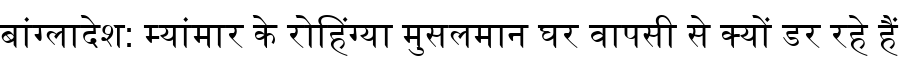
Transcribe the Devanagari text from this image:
बांग्लादेश: म्यांमार के रोहिंग्या मुसलमान घर वापसी से क्यों डर रहे हैं